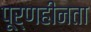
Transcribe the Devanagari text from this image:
पूर्णहीनता